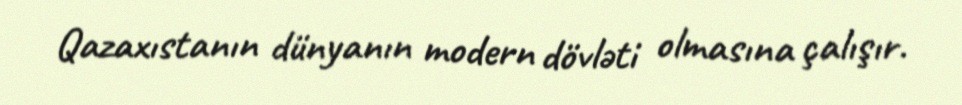
Qazaxıstanın dünyanın modern dövləti olmasına çalışır.